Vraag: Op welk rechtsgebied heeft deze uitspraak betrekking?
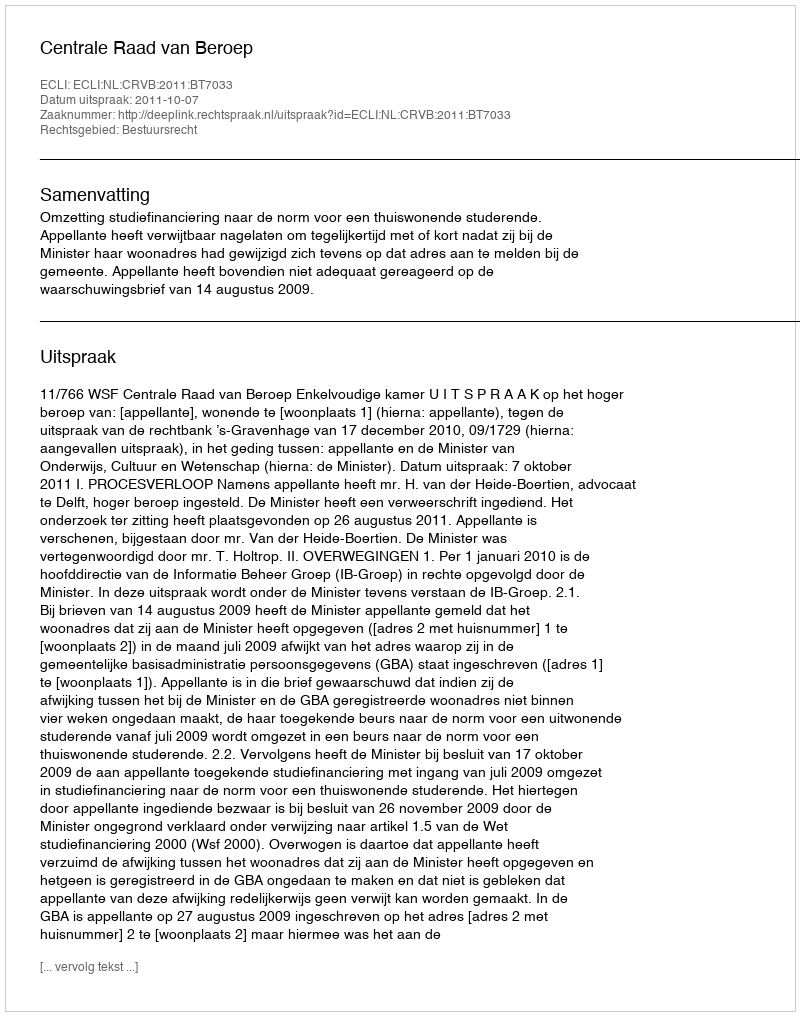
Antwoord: Bestuursrecht